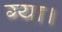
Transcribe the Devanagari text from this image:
ग्या।